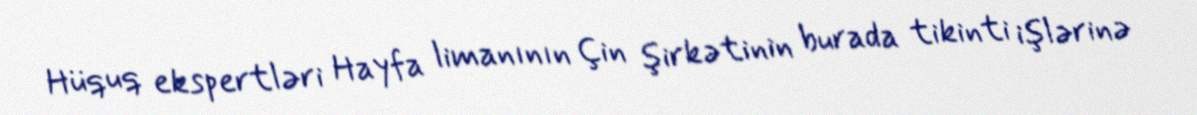
Hüquq ekspertləri Hayfa limanının Çin şirkətinin burada tikinti işlərinə